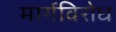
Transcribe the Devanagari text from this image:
मार्गविरोध